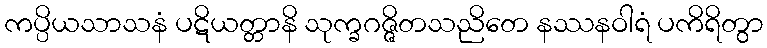
ကပ္ပိယသာသနံ ပဋိယတ္တာနိ သုက္ခဂဇ္ဇိတသညိတေ နဿနဝါရံ ပကိရိတွာ